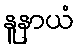
နူနာယံ